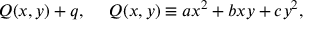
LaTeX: Q ( x , y ) + q , \ \ \ \ Q ( x , y ) \equiv a x ^ { 2 } + b x y + c y ^ { 2 } ,